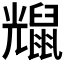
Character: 𪕗